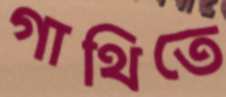
গাথিতে